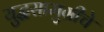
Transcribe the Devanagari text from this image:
युद्धसामुग्रीचे